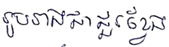
រូបរាងជាជួរខ្វែង